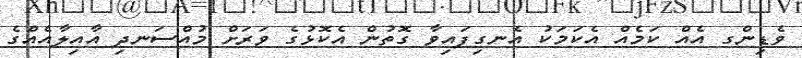
ވެޑިންގ އެއް ކަމެއް އެކަމަކު އެނގިފައިވާ ގޮތުން އެކޮޅުގެ ވަރަށް މުއްސަނދި އާއިލާއެއްގެ